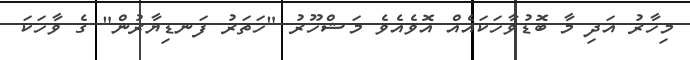
މިހާރު އަދި މާ ބޮޑުވާހަކައެއް އޮވެއެވެ މަޝްހޫރު "ހަތަރު ފަނޑިޔާރުން" ގެ ވާހަކަ